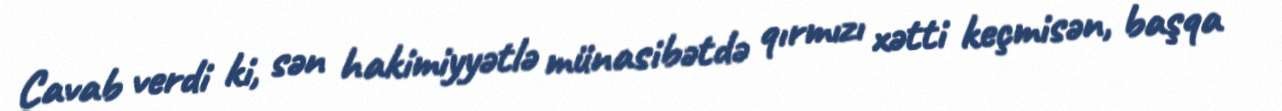
Cavab verdi ki, sən hakimiyyətlə münasibətdə qırmızı xətti keçmisən, başqa